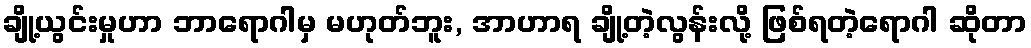
ချို့ယွင်းမှုဟာ ဘာရောဂါမှ မဟုတ်ဘူး, အာဟာရ ချို့တဲ့လွန်းလို့ ဖြစ်ရတဲ့ရောဂါ ဆိုတာ